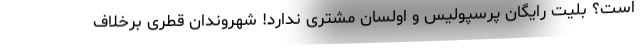
است؟ بلیت رایگان پرسپولیس و اولسان مشتری ندارد! شهروندان قطری برخلاف